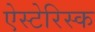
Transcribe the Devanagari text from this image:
ऐस्टेरिस्क